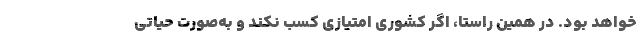
خواهد بود. در همین راستا، اگر کشوری امتیازی کسب نکند و به‌صورت حیاتی